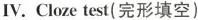
Ⅳ.Cloze test(完形填空)